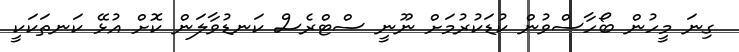
ގިނަ މީހުން ބޯހާސްވުން ކުޑަކުރުމަށް ނޫނީ ސްޓްރެސް ކަނޑުވާލަން ކޮށް އުޅޭ ކަނތަކަކީ